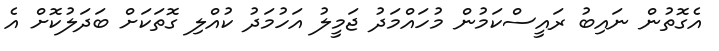
އެގޮތުން ނައިބު ރައީސްކަމުން މުހައްމަދު ޖަމީލު އަހުމަދު ކުއްލި ގޮތަކަށް ބަދަލުކޮށް އެ